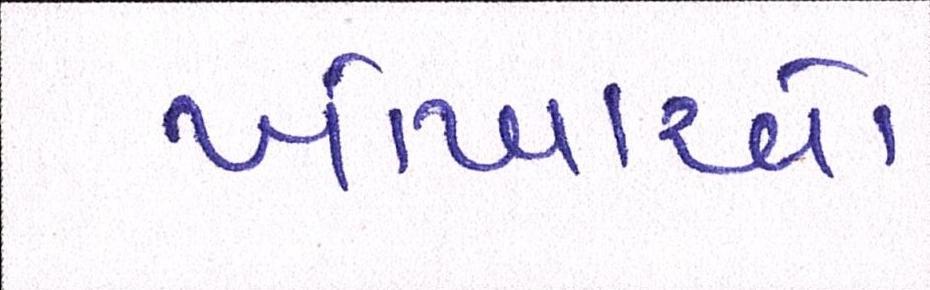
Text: ખોખાઓ